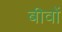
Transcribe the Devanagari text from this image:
बीवों